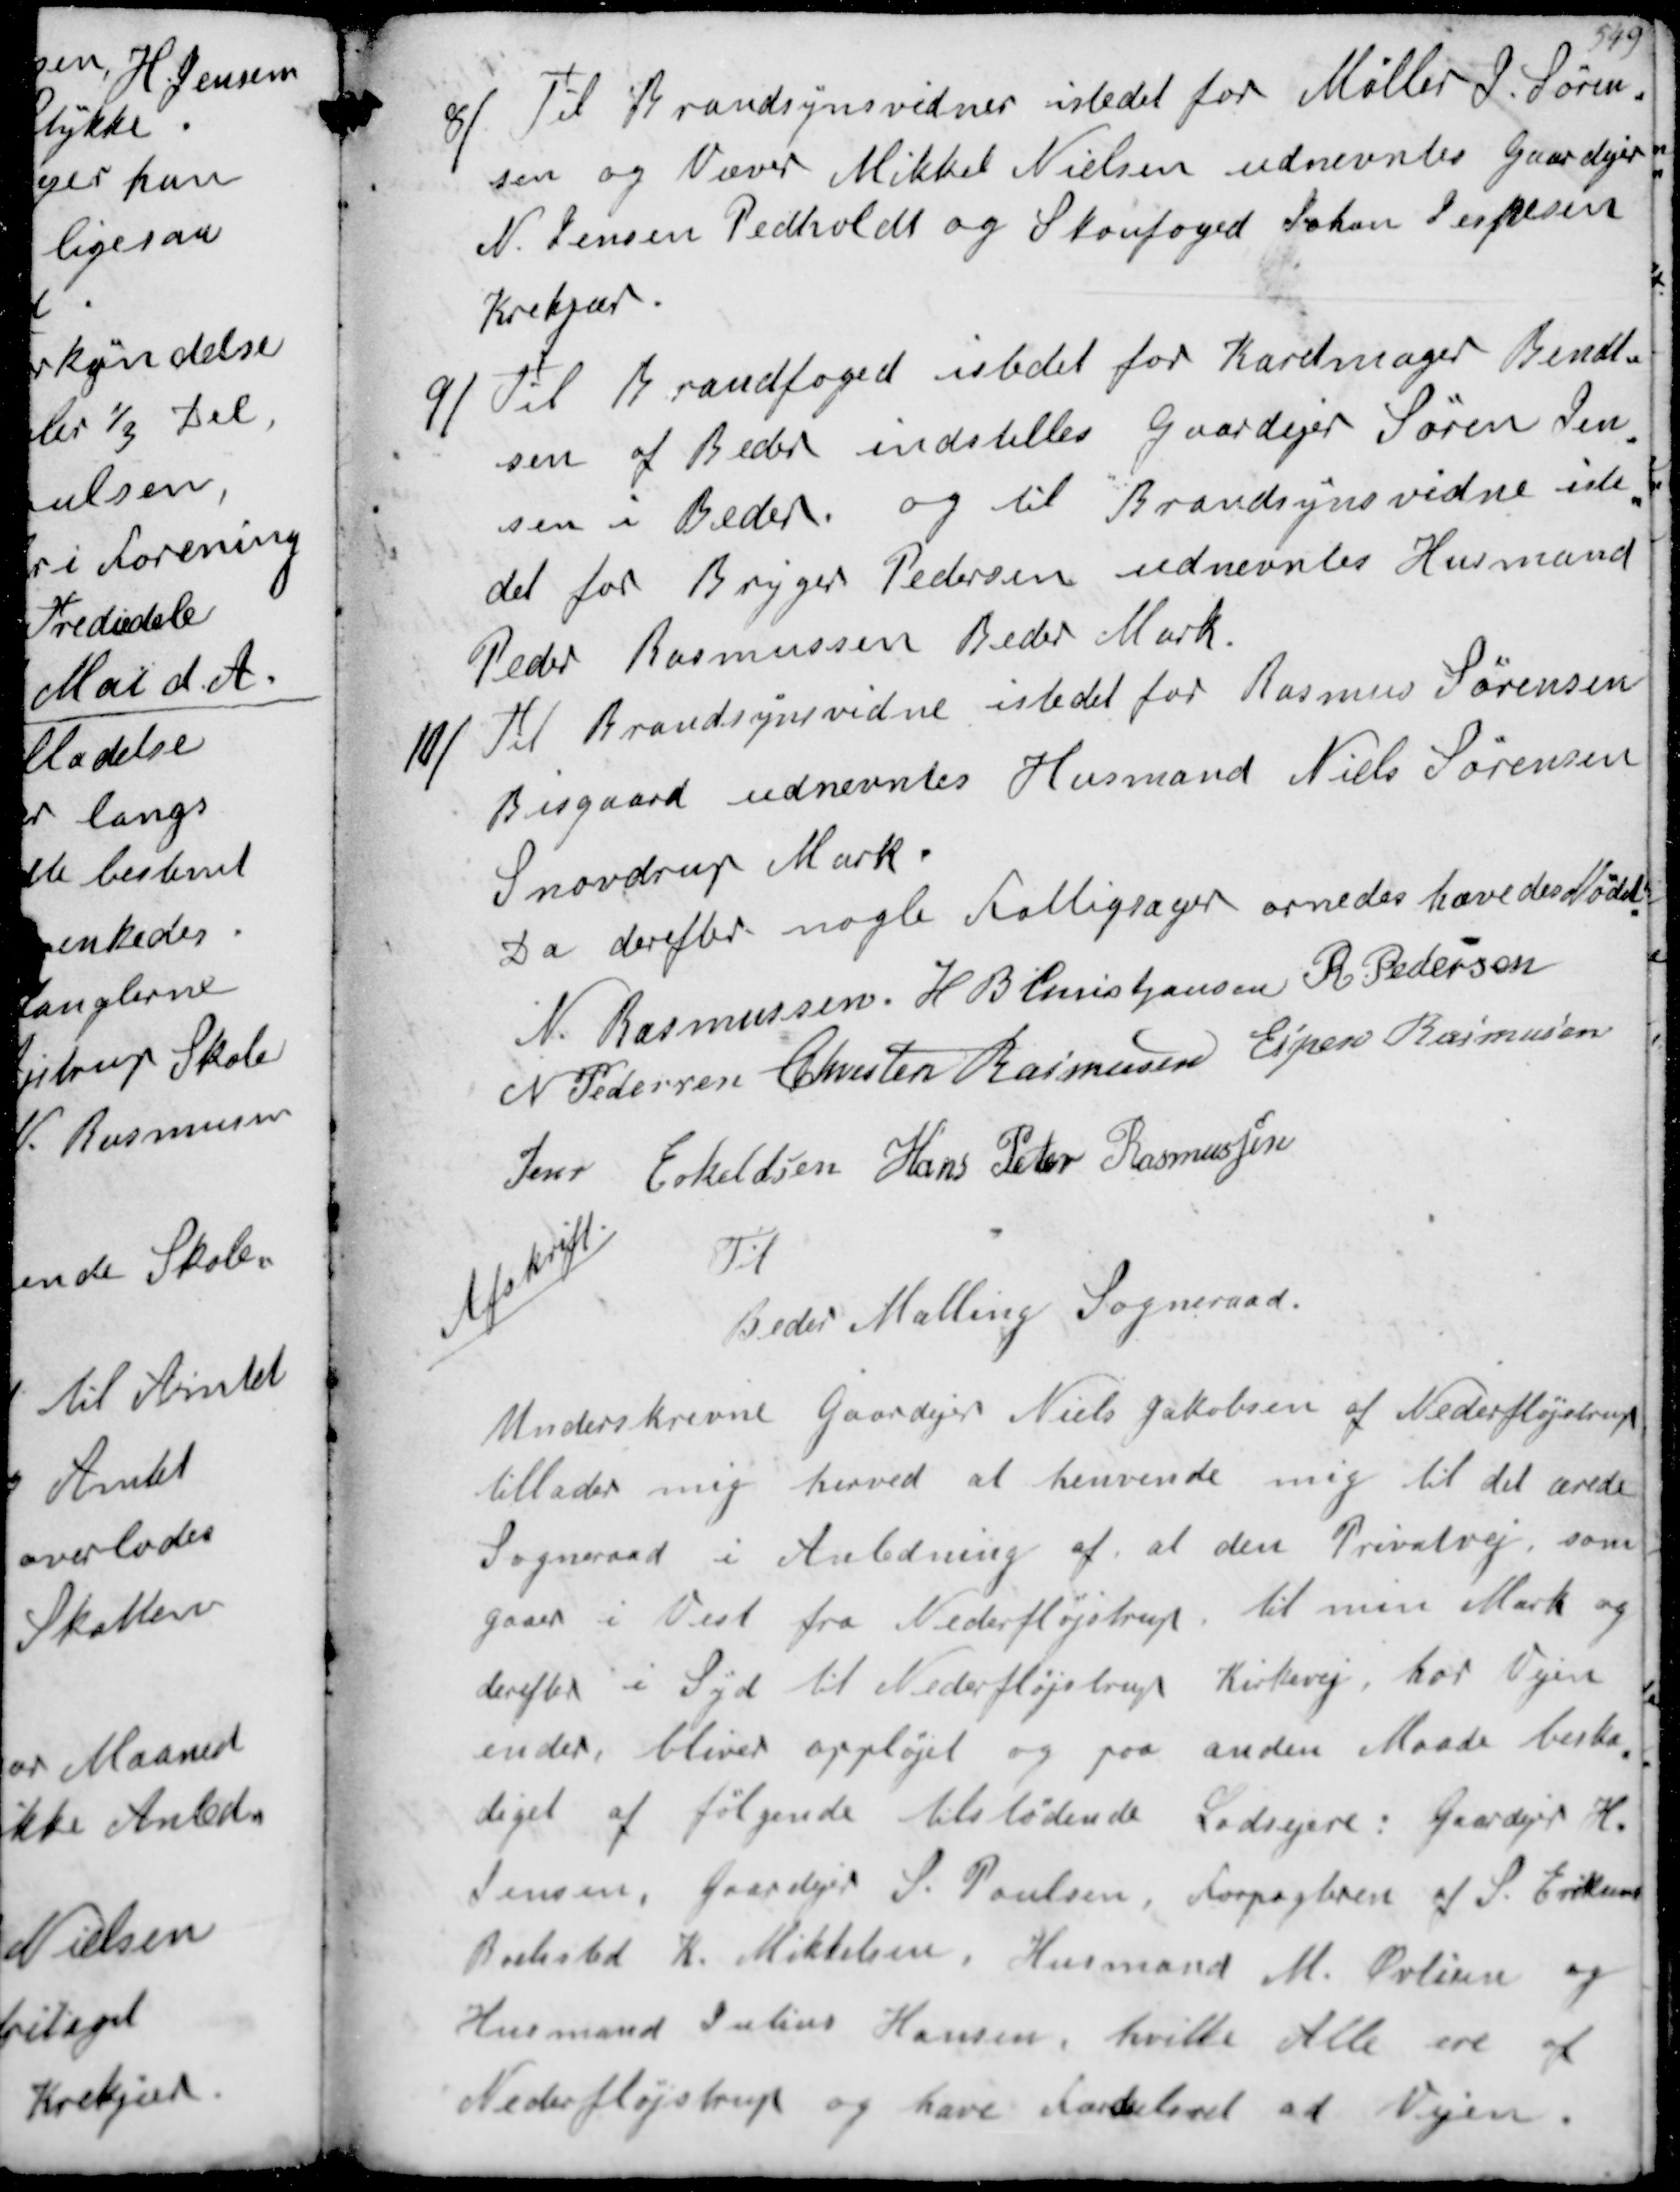
Transskription:
8/
Til Bransynsvidne istedet for Møller J Søren-
sen og Væver Mikkel Nielsen udnevntes Gaardejer
N Jensen Pedholdt og Skovfoged Johan Jespersen
Krekjær
9/
Til Brandfoged istedet for Karetmager Bendt-
sen af Beder indstilles Gaardejer Søren Jen-
sen i Beder og til Brandsynsvidne iste-
det for Bryger Pedersen udnevntes Husmand
Peder Rasmussen Bede Mark
10/
Til Brandsynsvidne istedet for Rasmus Sørensen
Bisgaard udnevntes Husmand Niels Sørensen
Snovdrup Mark
Da derefter nogle Fattigsager ornedes hævedes Mødet
N Rasmussen
H B Christjansen
R Pedersen
N Pedersen
Chresten Rasmussen
Espen Rasmussen
Jens Eskildsen
Hans Peter Rasmussen
Afskrift
Til
Beder Malling Sogneraad
Underskrevne Gaardejer Niels Jakobsen af Nederfløjstrup
tillader mig herved at henvende mig til det ærede
Sogneraad i Anledning af at den Privatvej som
gaar i Vest fra Nederfløjstrup til min Mark og
derefter i Syd til Nederfløjstrup Kirkevej hor Vejen
ender bliver oppløjet og paa anden Maade berska-
diget af følgende tilstødende Lodsejere: Gaardejer H.
Jensen, Gaardejer S Poulsen, forpagterne af S Eriksens
Boelssted, K Mikkelsen, Husmand M Øvlisen og
Husmand Julius Hansen, hvilke alle ere af
Nederfløjstrup og have Færdselsret ad Vejen